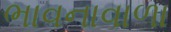
ભાવનાવાળા